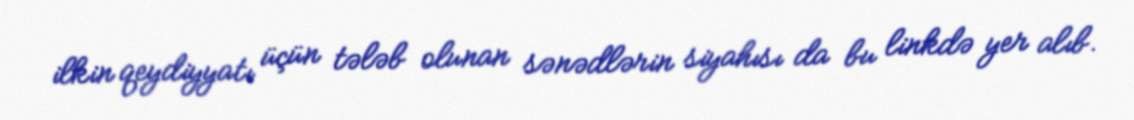
ilkin qeydiyyatı üçün tələb olunan sənədlərin siyahısı da bu linkdə yer alıb.